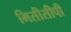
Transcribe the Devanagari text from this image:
मिसीसीपी